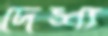
দেশ্য